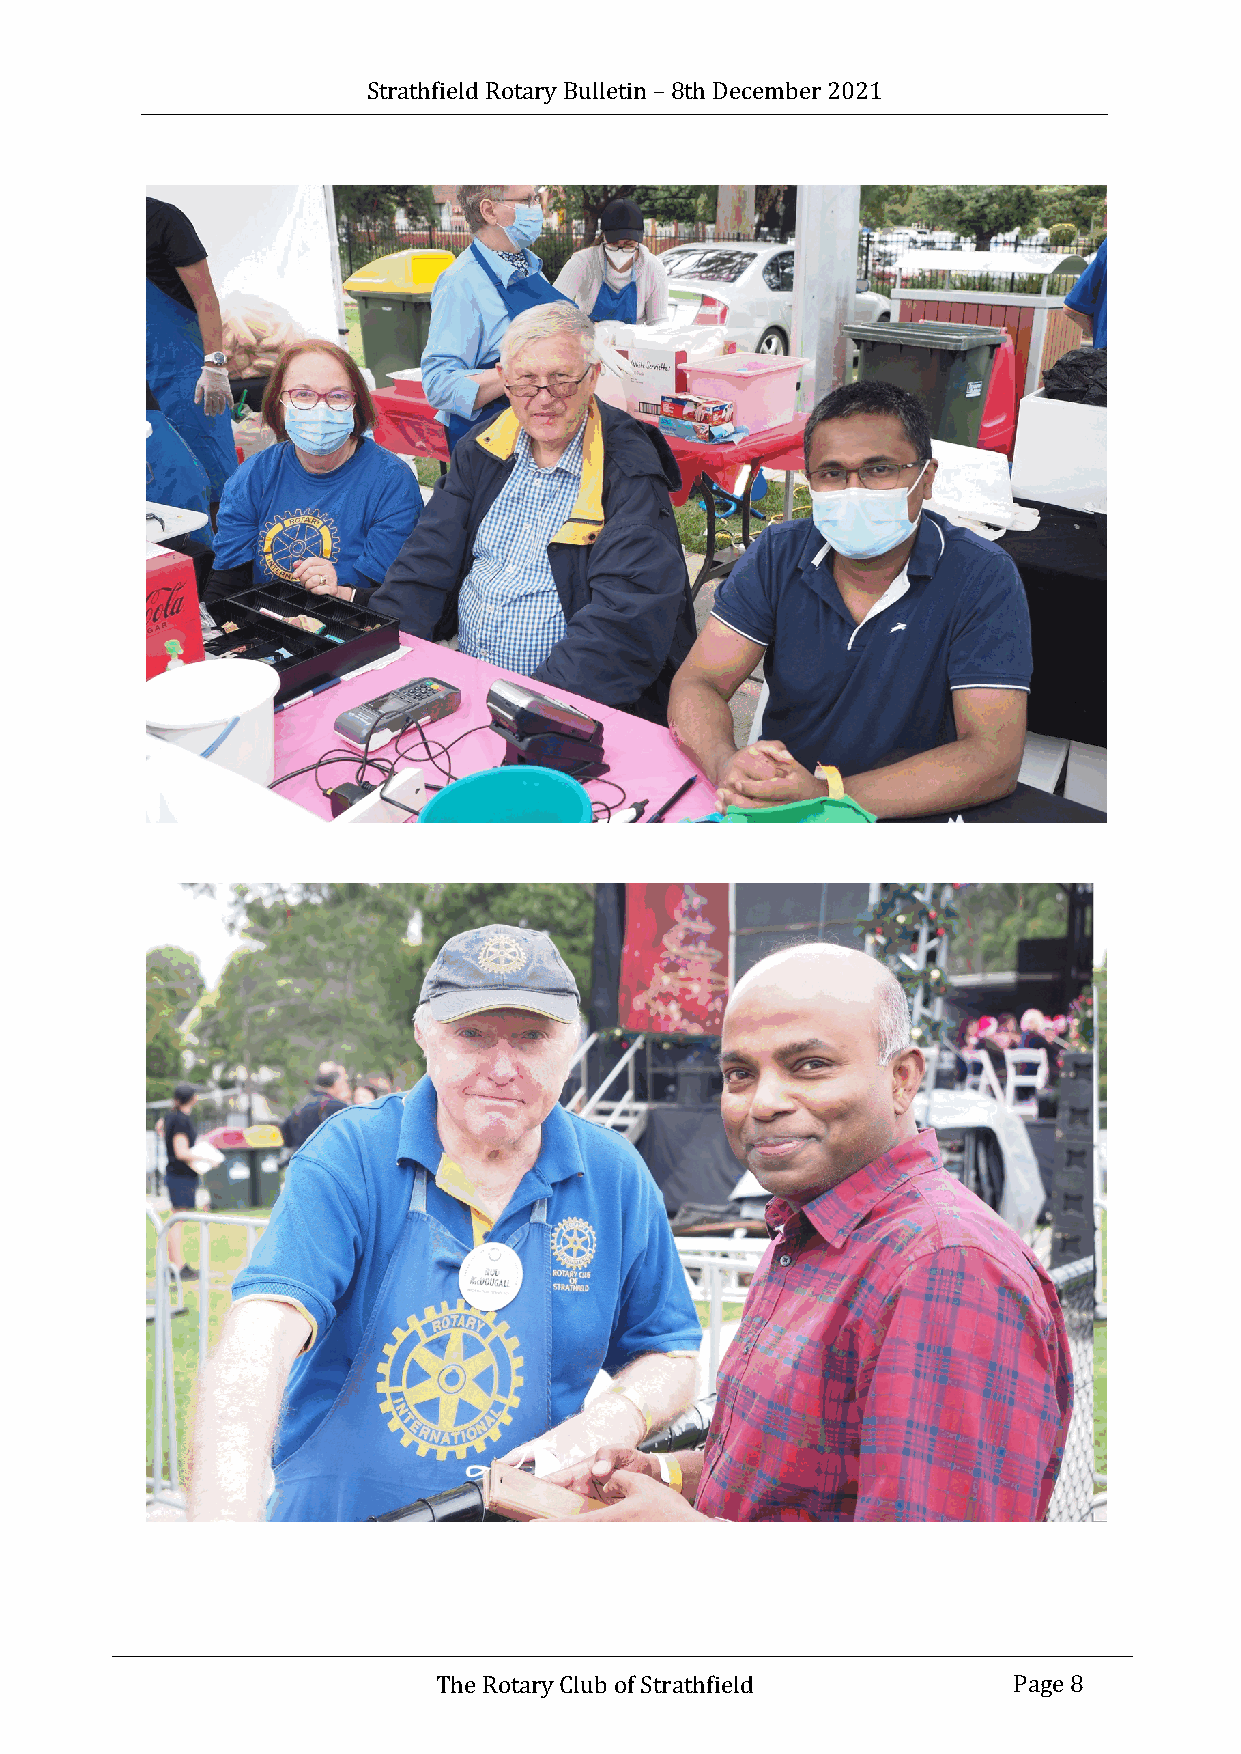
Strathfield Rotary Bulletin – 8th December 2021
 The Rotary Club of Strathfield        Page 8